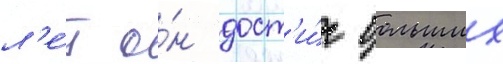
л'е́т о́н дост'и́г больших